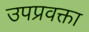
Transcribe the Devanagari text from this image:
उपप्रवक्ता